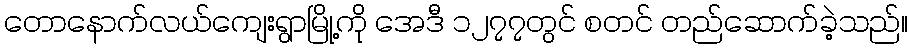
တောနောက်လယ်ကျေးရွာမြို့ကို အေဒီ ၁၂၇၇တွင် စတင် တည်ဆောက်ခဲ့သည်။